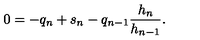
0 = - q _ { n } + s _ { n } - q _ { n - 1 } \frac { h _ { n } } { h _ { n - 1 } } .